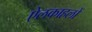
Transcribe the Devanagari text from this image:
ऐलकाहलों